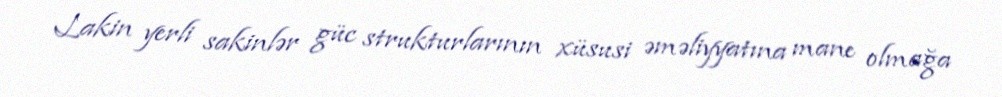
Lakin yerli sakinlər güc strukturlarının xüsusi əməliyyatına mane olmağa